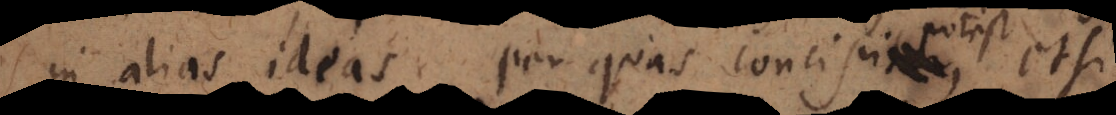
in alias ideas, per quas concipitur,